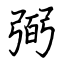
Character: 弼